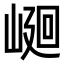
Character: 𡹯